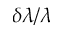
\delta \lambda / \lambda